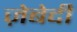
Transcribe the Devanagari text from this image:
ज़ेबेदी